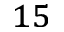
_ { 1 5 }